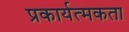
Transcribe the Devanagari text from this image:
प्रकार्यत्मकता